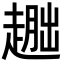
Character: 𬦕